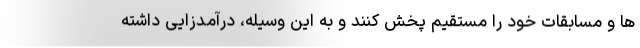
ها و مسابقات خود را مستقیم پخش کنند و به این وسیله، درآمدزایی داشته